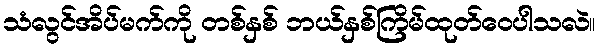
သံလွင်အိပ်မက်ကို တစ်နှစ် ဘယ်နှစ်ကြိမ်ထုတ်ဝေပါသလဲ။